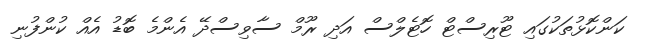
ކަންކޮޅުތަކުގައި ޓޫރިސްޓް ހޮޓެލްސް އަދި ރޫމް ސާވިސްދޭ އެންމެ ބޮޑު އެއް ކުންފުނި